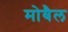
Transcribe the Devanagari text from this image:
मोबैल